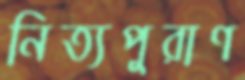
নিত্যপুরাণ